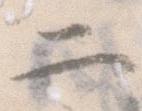
二